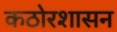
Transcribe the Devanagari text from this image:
कठोरशासन